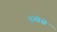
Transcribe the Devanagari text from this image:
ढंगोंसे